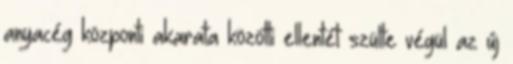
anyacég központi akarata közötti ellentét szülte végül az új